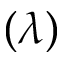
( \lambda )